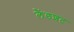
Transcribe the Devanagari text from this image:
लैंडशट